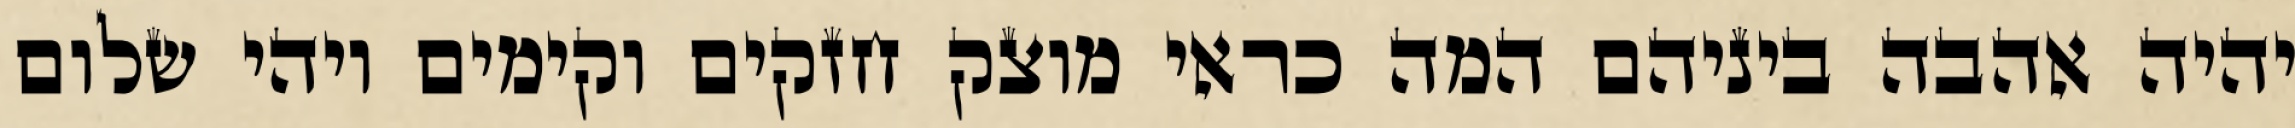
יהיה אהבה ביניהם המה כראי מוצק חזקים וקימים ויהי שלום